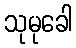
သုမုခေါ